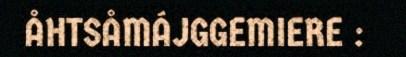
ÅHTSÅMÁJGGEMIERE :